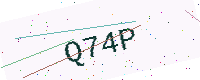
Text: Q74P